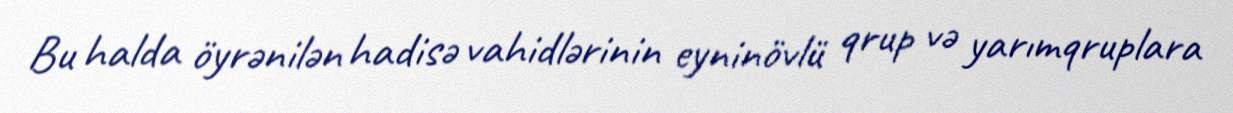
Bu halda öyrənilən hadisə vahidlərinin eyninövlü qrup və yarımqruplara